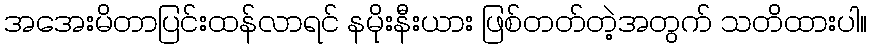
အအေးမိတာပြင်းထန်လာရင် နမိုးနီးယား ဖြစ်တတ်တဲ့အတွက် သတိထားပါ။